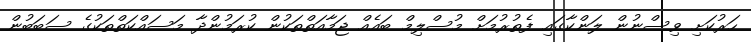
ހަރުކަށި ވިސްނުން ލަންކާގައި ފެތުރުމަށް މުސްލިމް ބައެއް ޖަމާއަތްތަކުން ކުރަމުންދާ މަސައްކަތްތަކުގެ ސަބަބުން